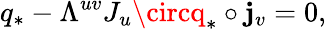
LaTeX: q_{*}-\Lambda^{uv}J_{u}\circq_{*}\circ\mathbf{j}_{v}=0,